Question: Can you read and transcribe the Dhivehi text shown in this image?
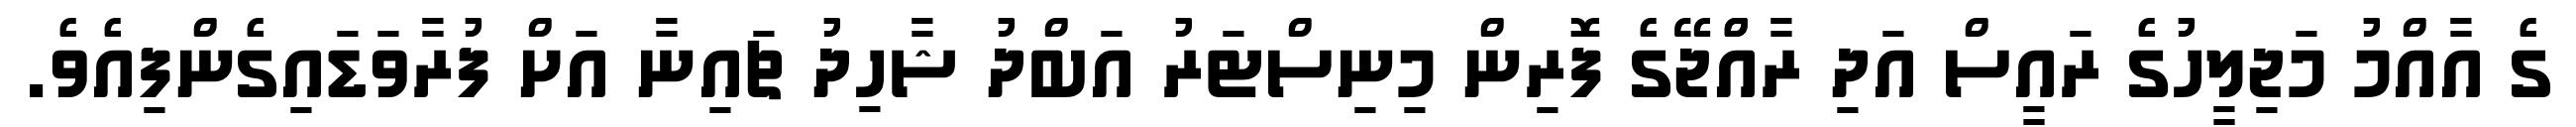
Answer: ގެ އާއްމު މަޖިލީހުގެ ރައީސް އަދި ރާއްްޖޭގެ ފޮރިން މިނިސްޓަރު އަބްދު ޝާހިދު ޗައިނާ އަށް ފުރާވަޑައިގެންފިއެވެ.